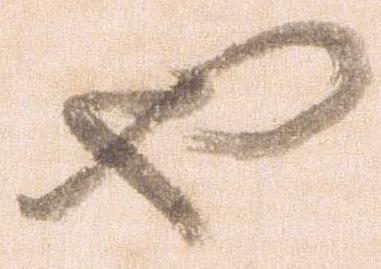
也